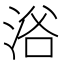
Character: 𱦣